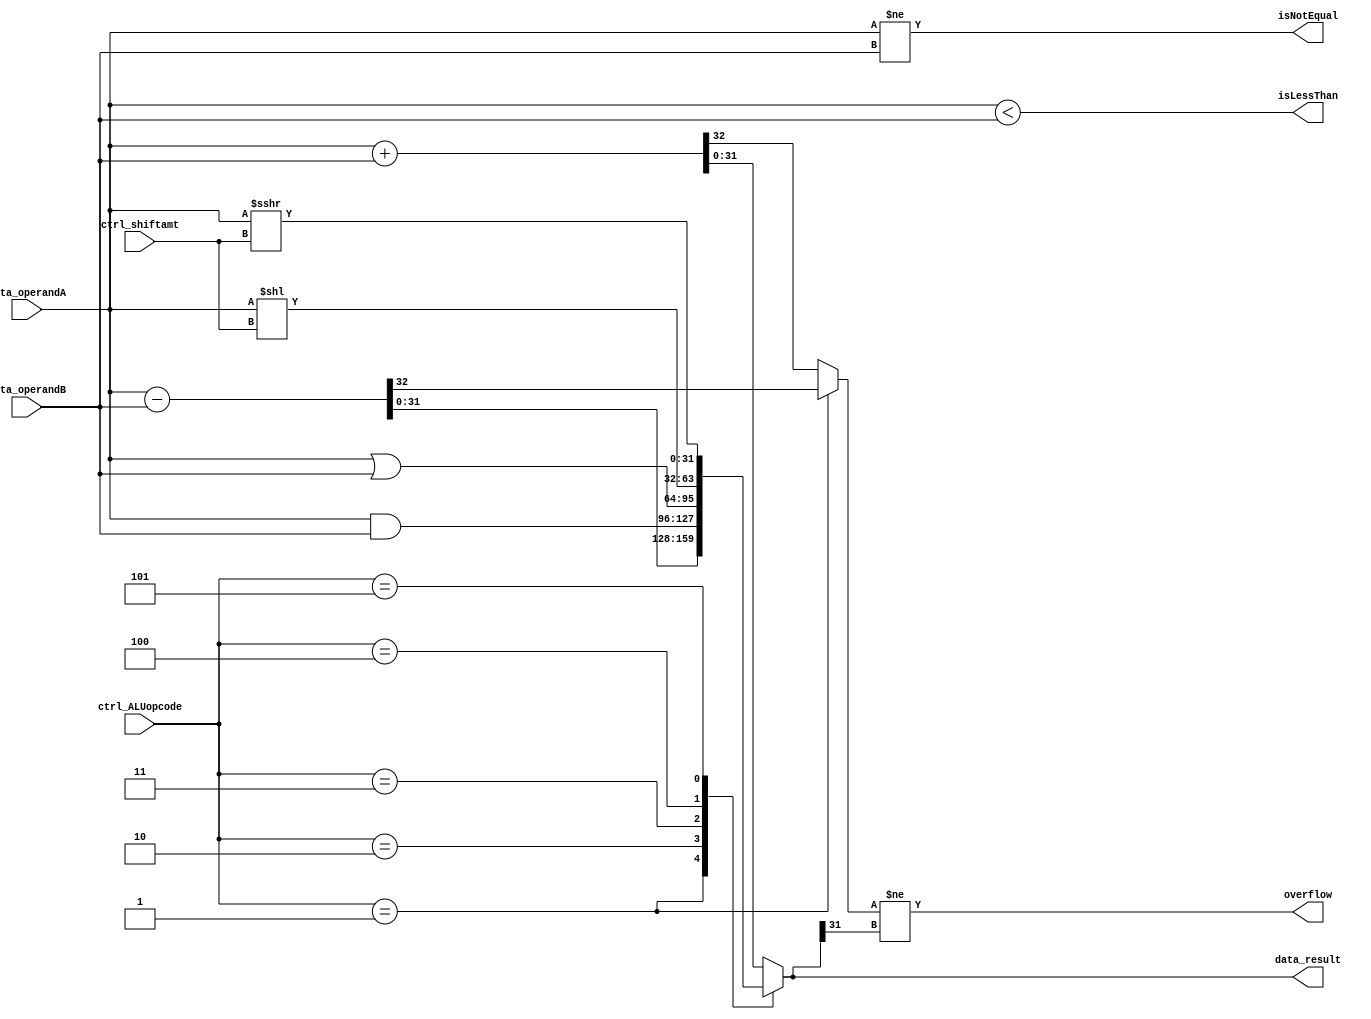
module alu(data_operandA, data_operandB, ctrl_ALUopcode,
			ctrl_shiftamt, data_result, isNotEqual, isLessThan, overflow);

	input [31:0] data_operandA, data_operandB;
	input [4:0] ctrl_ALUopcode, ctrl_shiftamt;
	output [31:0] data_result;
	output isNotEqual, isLessThan, overflow;
	
	wire signed[31:0] inner_A, inner_B;
	reg signed[31:0] inner_result;
	reg inner_cout;
	
	assign inner_A = data_operandA;
	assign inner_B = data_operandB;
	assign data_result = inner_result;
	
	assign isNotEqual = inner_A != inner_B;
	assign isLessThan = inner_A < inner_B;
	assign overflow = inner_cout != inner_result[31];
	
	always @(ctrl_ALUopcode or inner_A or inner_B or ctrl_shiftamt)
		begin
			// Default state for other ctrl_ALUopcode states
			{inner_cout, inner_result} = inner_A + inner_B;
			case (ctrl_ALUopcode)
				0 : {inner_cout, inner_result} = inner_A + inner_B;  // ADD
				1 : {inner_cout, inner_result} = inner_A - inner_B;	// SUBTRACT
				2 : inner_result = inner_A & inner_B;  			// AND
				3 : inner_result = inner_A | inner_B;  			// OR
				4 : inner_result = inner_A << ctrl_shiftamt;		// SLL
				5 : inner_result = inner_A >>> ctrl_shiftamt;	// SRA
			endcase
		end

endmodule